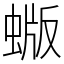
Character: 蝂